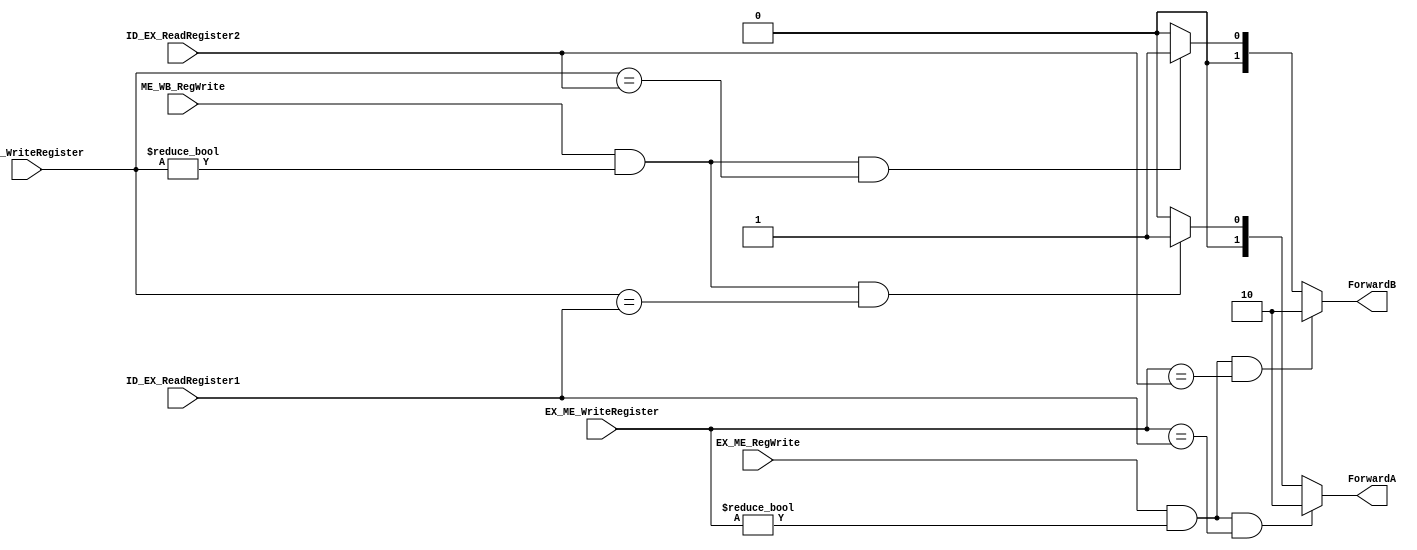
module ForwardingUnit(
           input EX_ME_RegWrite, ME_WB_RegWrite,
           input [4: 0] EX_ME_WriteRegister, ME_WB_WriteRegister,
           input [4: 0] ID_EX_ReadRegister1, ID_EX_ReadRegister2,
           output [1: 0] ForwardA, ForwardB);

assign ForwardA =
       (EX_ME_RegWrite && (EX_ME_WriteRegister != 0) && EX_ME_WriteRegister == ID_EX_ReadRegister1) ? 2'b10 :
       (ME_WB_RegWrite && (ME_WB_WriteRegister != 0) && ME_WB_WriteRegister == ID_EX_ReadRegister1) ? 2'b01 : 2'b00;

assign ForwardB =
       (EX_ME_RegWrite && (EX_ME_WriteRegister != 0) && EX_ME_WriteRegister == ID_EX_ReadRegister2) ? 2'b10 :
       (ME_WB_RegWrite && (ME_WB_WriteRegister != 0) && ME_WB_WriteRegister == ID_EX_ReadRegister2) ? 2'b01 : 2'b00;

endmodule